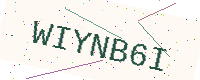
Text: WIYNB6I